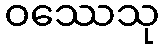
ဝဿေသု